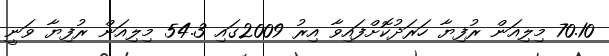
70.10 މިލިއަން ރުފިޔާ ހަރަދުކޮށްފައިވާ އިރު 2009ގައި 54.3 މިލިއަން ރުފިޔާ ވަނީ